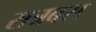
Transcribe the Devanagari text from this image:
रात्रबस